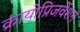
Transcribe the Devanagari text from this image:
क्रायोप्रिजर्वेशन